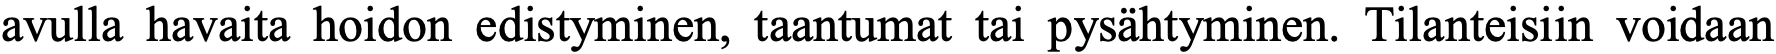
avulla havaita hoidon edistyminen, taantumat tai pysähtyminen. Tilanteisiin voidaan